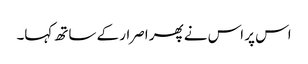
اس پر اس نے پھر اصرار کے ساتھ کہا۔